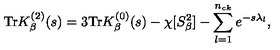
\mathrm { T r } K _ { \beta } ^ { ( 2 ) } ( s ) = 3 \mathrm { T r } K _ { \beta } ^ { ( 0 ) } ( s ) - \chi [ S _ { \beta } ^ { 2 } ] - \sum _ { l = 1 } ^ { n _ { c k } } e ^ { - s \lambda _ { l } } ,